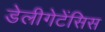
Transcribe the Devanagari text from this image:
डेलीगेटेंसिस